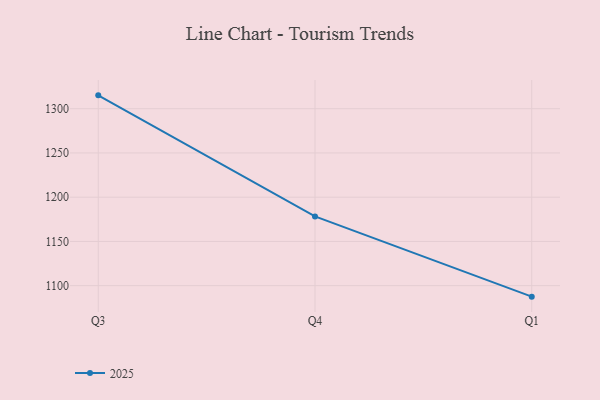
{"axis": {"x": "Quarter", "y": "Population (Million)"}, "legend": ["2025"], "data": [{"x": "Q3", "y": 1315.1, "type": "2025"}, {"x": "Q4", "y": 1178.3, "type": "2025"}, {"x": "Q1", "y": 1087.6, "type": "2025"}]}